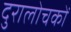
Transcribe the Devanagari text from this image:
दुरालोचकों